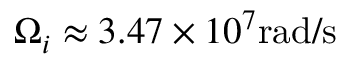
\Omega _ { i } \approx 3 . 4 7 \times 1 0 ^ { 7 } \mathrm { r a d / s }